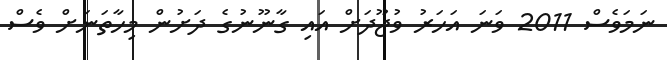
ނަމަވެސް 2011 ވަނަ އަހަރު ވުޖޫދަށް އައި ގާނޫނުގެ ދަށުން މިހާތަނަށް ވެސް